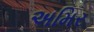
અમિર